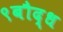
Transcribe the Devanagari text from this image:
९बौद्ध